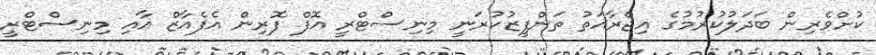
ކުށްވެރިން ބަދަލުކުރުމުގެ އިޖްރާއަތު ތަންފީޒުކުރަނީ މިނިސްޓްރީ އޮފް ފޮރިން އެފެއާޒް އާއި މިނިސްޓްރީ